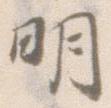
明